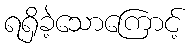
ရရှိခဲ့သောကြောင့်